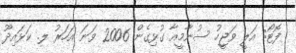
ފޮޓޯ: އަލީ ވަޖީހު ސުނާމީއާ ގުޅިގެން 2006 ވަނަ އަހަރު ލ. ކަޅައިދޫ